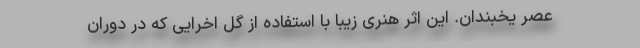
عصر یخبندان. این اثر هنری زیبا با استفاده از گِل اخرایی که در دوران